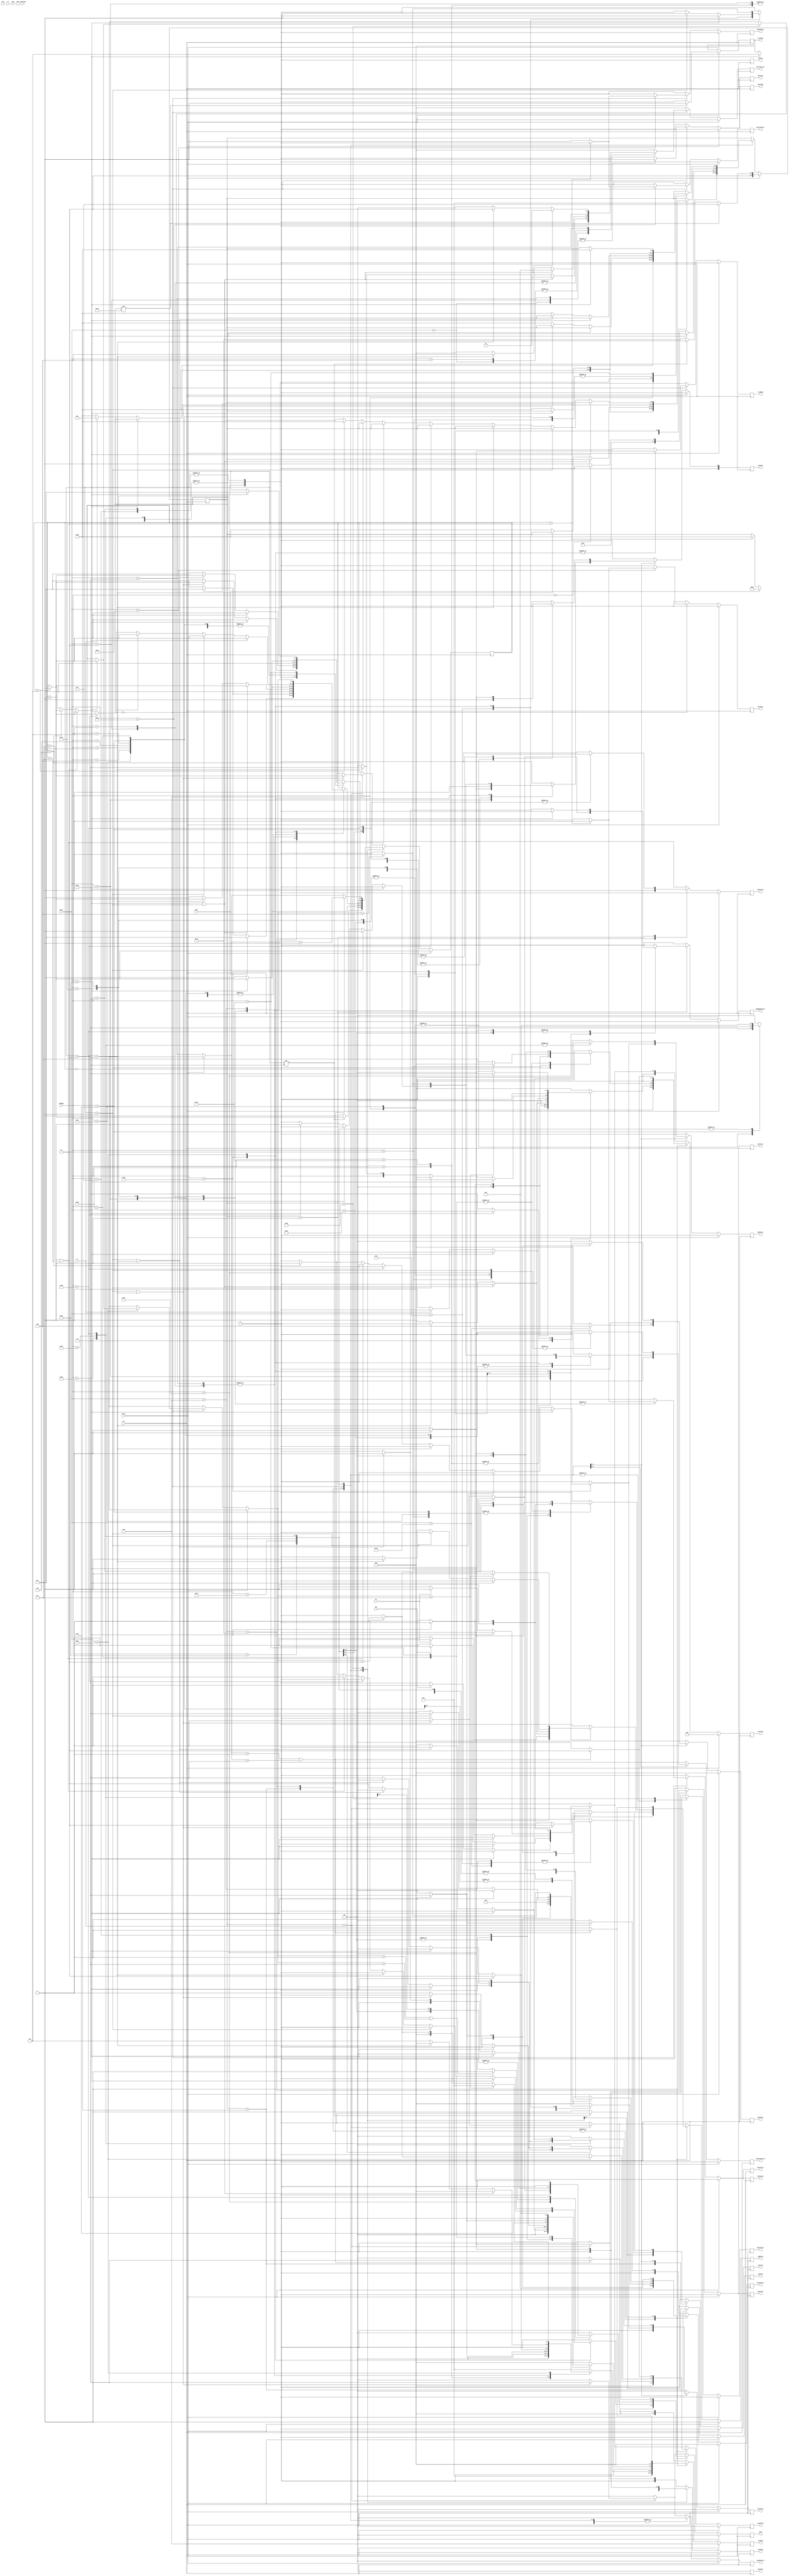
module Control(
    // inputs

        // basic entries 
        input wire clk,
        input wire reset,

        // exceptions
        input wire O,
        input wire notFound,
        input wire div0,

        //instruction
        input wire [5:0] OPCODE,
        input wire [5:0] Funct,

        // other entries
        input wire zero,
        input wire LT, 
        input wire GT,
        input wire EQ,
        input wire neg,

    // outputs
        // mux
        output reg [1:0] excpControl,
        output reg [1:0] iord,
        output reg [1:0] excpCtrl,
        output reg shiftSrc,
        output reg shiftAmt,
        output reg srcRead,
        output reg [2:0] srcWrite,
        output reg [3:0] srcData,
        output reg [1:0] aluSrcA,
        output reg [1:0] aluSrcB,
        output reg [2:0] pcSource,
        output reg MultDiv,
        output reg outAlu,

        // other blocks
        output reg hiControl,
        output reg loControl,
        output reg control,
        output reg multControl,
        output reg divControl,
        output reg seControl,
        output reg memWrite,
        output reg [1:0] ssControl,
        output reg irWrite,
        output reg [1:0] lsControl,
        output reg [2:0] shiftControl,
        output reg regWrite,
        output reg [2:0] aluControl,
        output reg aluOutControl,
        output reg epcControl,
        output reg memRegControl,
        output reg aControl,
        output reg bControl,
        output reg resetOut

);
// states
    
    parameter codeR = 6'b000000;
    parameter codeIorJ = 6'b000001;
    
    parameter RESET_State = 6'b111111;
    parameter fetch = 6'b110000;
    parameter decode = 6'b111000;
    parameter op404 = 6'b111101;
    parameter overflow = 6'b001100;
    parameter ZeroDiv_State = 6'b100101;
// r format

    parameter ADD = 6'b100000;
    parameter AND = 6'b100100;
    parameter DIV = 6'b011010;
    parameter MULT = 6'b011000;
    parameter JR = 6'b001000;
    parameter MFHI = 6'b010000;
    parameter MFLO = 6'b010010;
    parameter SLL = 6'b000000;
    parameter SLLV = 6'b000100;
    parameter SLT = 6'b101010;
    parameter SRA = 6'b000011; 
    parameter SRAV = 6'b000111;
    parameter SRL = 6'b000010;
    parameter SUB = 6'b100010;
    parameter BREAK = 6'b001101;
    parameter RTE = 6'b010011;
    parameter ADDM = 6'b000101;

// j format
    parameter J = 6'b000010;
    parameter JAL = 6'b000011; 

// i format
    parameter ADDI = 6'b001000;
    parameter ADDIU = 6'b001001;
    parameter BEQ = 6'b000100;
    parameter BNE = 6'b000101;
    parameter BLE = 6'b000110;
    parameter BGT = 6'b000111;
    parameter SLLM = 6'b000001;
    parameter LB = 6'b100000;
    parameter LH = 6'b100001;
    parameter LW = 6'b100011;
    parameter SB = 6'b101000;
    parameter SH = 6'b101001;
    parameter SW = 6'b101011;
    parameter SLTI = 6'b001010;
    parameter LUI = 6'b001111;
    parameter PUSH = 6'b101101;
    parameter POP = 6'b101100;

// variables
    reg [5:0] state;
    reg [5:0] counter;



// reset
    initial begin
        resetOut = 1'b1;
        state = fetch;
        counter = 6'b000000;
    end

// main cycle
    always @(posedge clk) begin
        // mux
                excpControl = 2'b00;
                iord = 2'b00;
                excpCtrl = 2'b00;
                shiftSrc = 1'b0;
                shiftAmt = 1'b0;
                srcRead = 1'b0;
                srcWrite = 3'b000;
                srcData = 4'b0000;
                aluSrcA = 2'b00;
                aluSrcB = 2'b00;
                pcSource = 3'b000;
                aControl = 1'b0;
                bControl = 1'b0;
                MultDiv = 1'b0;
                outAlu= 1'b0;

            // other blocks
                hiControl = 1'b0;
                loControl = 1'b0;
                control = 1'b0;
                multControl = 1'b0;
                divControl = 1'b0;
                seControl = 1'b0;
                memWrite = 1'b0;
                ssControl = 2'b00;
                irWrite = 1'b0;
                lsControl = 2'b00;
                shiftControl = 3'b000;
                regWrite = 1'b0;
                aluControl = 3'b000;
                aluOutControl = 1'b0;
                epcControl = 1'b0;
                memRegControl = 1'b0;
                aControl = 1'b0;
                bControl = 1'b0;


        if(reset == 1'b1)begin
                counter = 6'b000000;
                srcWrite = 3'b010;
                srcData = 4'b1000;
                regWrite = 1'b1;
            if(state != RESET_State)begin
                    resetOut = 1'b1;
                    state = RESET_State;
                    
            end 
            else begin
                    resetOut = 1'b0;
                    state = fetch;
            end 
        end   
        else begin
            case(state) 
                //Fetch
                    fetch: begin
                        aluControl = 3'b001;
                        aluSrcB = 2'b01;
                        if(counter != 6'b000010)begin
                            counter = counter + 1;
                        end 
                        else begin
                            control = 1'b1;
                            irWrite = 1'b1;
                            counter = 6'b000000;
                            state = decode;
                        end
                    end

                //Decode
                    decode: begin
                        
                        if(counter == 6'b000000)begin
                            counter = counter + 1;
                        end
                        else begin
                            if(OPCODE == codeR)begin
                                state = codeR;
                            end
                            else begin
                                state = codeIorJ;
                            end
                            counter = 6'b000000;
                        end
                        aControl = 1'b1;
                        bControl = 1'b1;
                        regWrite = 1'b0;
                        aluControl = 3'b001;
                        srcRead = 1'b0;
                        aluSrcA = 2'b00;
                        aluSrcB = 2'b11;
                        seControl = 1'b1;
                        aluOutControl = 1'b1;
                    end

                //Code R
                    codeR: begin
                        case(Funct)
                            ADD:begin
                                aluSrcA = 2'b01;
                                aluSrcB = 2'b00;
                               if(counter == 6'b000000)begin
                                    aluControl = 3'b001;
                                    aluOutControl = 1'b1;
                                    counter = counter + 1;
                               end 
                               else begin
                                    if(O==1)begin
                                        counter = 6'b000000;
                                        state=overflow;
                                    end 
                                    else begin
                                        srcData = 4'b0000;
                                        regWrite = 1'b1;
                                        srcWrite = 3'b001;
                                        state = fetch; 
                                        counter = 6'b000000;
                                    end
                               end
                            end

                            AND:begin
                                aluSrcA = 2'b01;
                                aluSrcB = 2'b00;
                               if(counter == 6'b000000)begin
                                    aluControl = 3'b011;
                                    aluOutControl = 1'b1;
                                    counter = counter + 1;
                               end 
                               else begin
                                    if(O==1)begin
                                        counter = 6'b000000;
                                        state=overflow;
                                    end 
                                    else begin
                                        srcData = 4'b0000;
                                        regWrite = 1'b1;
                                        srcWrite = 3'b001;
                                        state = fetch; 
                                        counter = 6'b000000;
                                    end
                               end
                            end

                            //Div
                            DIV: begin
                                
                                if (counter == 6'b100010) begin
                                    state = fetch;
                                    counter = 6'b000000;
                                    hiControl = 1'b1;
                                    loControl = 1'b1;
                                    MultDiv = 1'b1;
                                end
                                else begin
                                    divControl = 1'b1;
                                    counter = counter + 1;
                                end

                                if (div0 == 1'b1) begin
                                    state = ZeroDiv_State;
                                    counter = 6'b000000;
                                end
                            end

                            //Mult
                            MULT: begin
                                if (counter == 6'b100010) begin
                                    state = fetch;
                                    counter = 6'b000000;
                                    hiControl = 1'b1;
                                    loControl = 1'b1;
                                    MultDiv = 1'b0;
                                end
                                else begin
                                    multControl = 1'b1;
                                    counter = counter + 1;
                                end
                            end

                            JR: begin
                                aluSrcA = 2'b01;
                                aluControl = 3'b000;
                                pcSource = 3'b000;
                                control = 1'b1;

                                state = fetch;
                                counter = 6'b000000;
                            end

                            MFHI: begin
                                if (counter == 6'b000000) begin
                                    srcData = 4'b0010;
                                    regWrite = 1'b1;
                                    srcWrite = 3'b001;
                                    
                                    counter = counter + 1;
                                end
                                else begin
                                    state = fetch;
                                    counter = 6'b000000;
                                end
                                
                            end
                            
                            MFLO: begin
                                if (counter == 6'b000000) begin
                                    srcData = 4'b0011;
                                    regWrite = 1'b1;
                                    srcWrite = 3'b001;
                                    
                                    counter = counter + 1;
                                end

                                
                                else begin
                                    state = fetch;
                                    counter = 6'b000000;
                                end 
                            end

                            SLL:begin
                               shiftSrc = 1'b1;
                               shiftAmt = 1'b1;
                               if(counter == 6'b000000 | counter == 6'b000001)begin
                                    shiftControl = 3'b001;
                                    counter = counter + 1;
                                end
                                else if(counter == 6'b000010) begin
                                    shiftControl = 3'b010;
                                    counter = counter + 1; 
                                end
                                else begin
                                    srcData = 4'b0111;
                                    srcWrite = 3'b001;
                                    regWrite = 1'b1;
                                    state = fetch;
                                    counter = 6'b000000;
                                end
                            end 

                            SLLV:begin
                               shiftSrc = 1'b0;
                               shiftAmt = 1'b0;
                               if(counter == 6'b000000 | counter == 6'b000001)begin
                                    shiftControl = 3'b001;
                                    counter = counter + 1;
                                end
                                else if(counter == 6'b000010) begin
                                    shiftControl = 3'b010;
                                    counter = counter + 1; 
                                end
                                else begin
                                    srcData = 4'b0111;
                                    srcWrite = 3'b001;
                                    regWrite = 1'b1;
                                    state = fetch;
                                    counter = 6'b000000;
                                end
                            end 

                            SLT: begin
                                if(counter == 6'b000000) begin
                                    aluSrcA = 2'b01;
                                    aluSrcB = 2'b00;
                                    aluControl = 3'b111;
                                    aluOutControl = 1'b1;
                                    

                                    counter = counter + 1;
                                end

                                else begin
                                    srcData = 4'b0000;
                                    srcWrite = 3'b001;
                                    regWrite = 1'b1;

                                    state = fetch;
                                    counter = 6'b000000;
                                end
                            end

                            SRA:begin
                               shiftSrc = 1'b1;
                               shiftAmt = 1'b1;
                               if(counter == 6'b000000 | counter == 6'b000001)begin
                                    shiftControl = 3'b001;
                                    counter = counter + 1;
                                end
                                else if(counter == 6'b000010) begin
                                    shiftControl = 3'b100;
                                    counter = counter + 1; 
                                end
                                else begin
                                    srcData = 4'b0111;
                                    srcWrite = 3'b001;
                                    regWrite = 1'b1;
                                    state = fetch;
                                    counter = 6'b000000;
                                end
                            end 

                            SRAV:begin
                               shiftSrc = 1'b0;
                               shiftAmt = 1'b0;
                               if(counter == 6'b000000 | counter == 6'b000001)begin
                                    shiftControl = 3'b001;
                                    counter = counter + 1;
                                end
                                else if(counter == 6'b000010) begin
                                    shiftControl = 3'b100;
                                    counter = counter + 1; 
                                end
                                else begin
                                    srcData = 4'b0111;
                                    srcWrite = 3'b001;
                                    regWrite = 1'b1;
                                    state = fetch;
                                    counter = 6'b000000;
                                end
                            end

                            SRL:begin
                               shiftSrc = 1'b1;
                               shiftAmt = 1'b1;
                               if(counter == 6'b000000 | counter == 6'b000001)begin
                                    shiftControl = 3'b001;
                                    counter = counter + 1;
                                end
                                else if(counter == 6'b000010) begin
                                    shiftControl = 3'b011;
                                    counter = counter + 1; 
                                end
                                else begin
                                    srcData = 4'b0111;
                                    srcWrite = 3'b001;
                                    regWrite = 1'b1;
                                    state = fetch;
                                    counter = 6'b000000;
                                end
                            end 

                            SUB:begin
                                aluSrcA = 2'b01;
                                aluSrcB = 2'b00;
                               if(counter == 6'b000000)begin
                                    aluControl = 3'b010;
                                    aluOutControl = 1'b1;
                                    counter = counter + 1;
                               end 
                               else begin
                                    if(O==1)begin
                                        counter = 6'b000000;
                                        state=overflow;
                                    end 
                                    else begin
                                        srcData = 4'b0000;
                                        regWrite = 1'b1;
                                        srcWrite = 3'b001;
                                        state = fetch; 
                                        counter = 6'b000000;
                                    end
                               end
                            end

                            BREAK: begin
                                aluSrcA = 2'b00;
                                aluSrcB = 2'b01;
                                aluControl = 3'b010;

                                pcSource = 3'b000;
                                control = 1'b1;
                            end

                            RTE: begin
                              pcSource =3'b100;
                              control = 1'b1;
                            end

                            //Push
                            PUSH: begin
                                if (counter == 6'b000000) begin
                                    srcRead = 1'b1;
                                    regWrite = 1'b0;
                                    counter = counter + 1;
                                end
                                else if(counter == 6'b000001) begin
                                    aluSrcA = 2'b01;
                                    aluSrcB = 2'b01;
                                    aluControl = 3'b010;
                                    aluOutControl = 1'b1;

                                    counter = counter + 1;
                                end
                                else if(counter == 6'b000010) begin
                                    srcWrite = 3'b010;
                                    srcData = 4'b0000;
                                    regWrite = 1'b1;

                                    counter = counter + 1;
                                end

                                else if(counter == 6'b000011) begin
                                    aluSrcA = 2'b01;
                                    aluControl = 3'b000;
                                    aluOutControl = 1'b1;

                                    counter = counter + 1;
                                end

                                else if(counter == 6'b000100 || counter == 6'b000101) begin
                                    iord = 2'b01;
                                    memWrite = 1'b0;

                                    counter = counter + 1;     
                                end

                                else if(counter == 6'b000110) begin
                                    ssControl = 2'b01;
                                    iord = 2'b01;
                                    memWrite = 1'b1;

                                    counter = counter + 1;
                                end

                                else if(counter == 6'b000111) begin
                                    state = fetch;
                                    counter = 6'b000000;
                                end
                            end

                            //Pop
                            POP: begin
                                if (counter == 6'b000000) begin
                                    srcRead = 1'b1;
                                    regWrite = 1'b0;
                                    counter = counter + 1;
                                end
                                if (counter == 6'b000001 || counter == 6'b000010) begin
                                  iord = 2'b01;
                                end
                                if (counter == 6'b000011)begin
                                    lsControl = 2'b01;
                                    srcData = 4'b0001;
                                    regWrite = 1'b1;
                                end
                                if (counter == 6'b000100) begin
                                    aluSrcA = 2'b01;
                                    aluSrcB = 2'b01;
                                    aluControl = 3'b001;
                                    aluOutControl = 1'b1;
                                end
                                if(counter == 6'b000101)
                                begin
                                    srcData = 4'b0000;
                                    srcWrite = 3'b010;
                                    regWrite = 1'b1;
                                end

                                
                            end


                        endcase                           
                    end
                //Code I or J
                    codeIorJ: begin
                        case(OPCODE)
                            // rt <- rs + immediate
                            ADDI: begin    
                                aluSrcA = 2'b01;
                                aluSrcB = 2'b10;
                                if (counter == 6'b000000)begin
                                    aluOutControl = 1'b1;
                                    aluControl = 3'b001;
                                    counter = counter + 1;
                                end
                                else begin
                                    if(O==1)begin
                                        counter = 6'b000000;
                                        state=overflow;
                                    end
                                    else begin
                                        srcData = 4'b0000;
                                        srcWrite = 3'b000;
                                        regWrite = 1'b1;
                                        state = fetch; 
                                        counter = 6'b000000;
                                    end
                                end
                            end

                            ADDIU: begin    
                                aluSrcA = 2'b01;
                                aluSrcB = 2'b10;
                                if (counter == 6'b000000)begin
                                    aluOutControl = 1'b1;
                                    aluControl = 3'b001;
                                    counter = counter + 1;
                                end
                                else begin
                                    srcData = 4'b0000;
                                    srcWrite = 3'b000;
                                    regWrite = 1'b1;
                                    state = fetch; 
                                    counter = 6'b000000;
                                end
                            end

                            BEQ: begin
                                if(counter == 6'b000000)begin
                                    aluControl = 3'b111;
                                    aluSrcA = 2'b01;
                                    aluSrcB = 2'b00;
                                    counter = counter + 1;
                                end

                                else if(EQ == 1'b1) begin
                                    pcSource = 3'b000;
                                    control = 1'b1;
                                    state = fetch;
                                    counter = 6'b000000;
                                end

                                else begin
                                    state = fetch;
                                    counter = 6'b000000;
                                end
                                
                            end

                            BNE: begin
                                if (counter == 6'b000000) begin
                                    aluControl = 3'b111;
                                    aluSrcA = 2'b01;
                                    aluSrcB = 2'b00;
                                    counter = counter + 1;
                                end

                                else if(EQ == 1'b0) begin
                                    pcSource = 3'b000;
                                    control = 1'b1;
                                    state = fetch;
                                    counter = 6'b000000;
                                end
                                else begin
                                    state = fetch;
                                    counter = 6'b000000;
                                end
                                
                            end

                            BLE: begin
                                if (counter == 6'b000000) begin
                                    aluControl = 3'b111;
                                    aluSrcA = 2'b01;
                                    aluSrcB = 2'b00;
                                    counter = counter + 1;
                                end
                                else if(GT == 1'b0) begin
                                    pcSource = 3'b000;
                                    control = 1'b1;
                                    state = fetch;
                                    counter = 6'b000000;
                                end

                                else begin
                                    state = fetch;
                                    counter = 6'b000000;
                                end
                                
                            end

                            BGT: begin
                                if (counter == 6'b000000) begin
                                    aluControl = 3'b111;
                                    aluSrcA = 2'b01;
                                    aluSrcB = 2'b00;
                                    counter = counter + 1;
                                end

                                else if(GT == 1'b1) begin
                                    pcSource = 3'b000;
                                    control = 1'b1;
                                    state = fetch;
                                    counter = 6'b000000;
                                end

                                else begin
                                    state = fetch;
                                    counter = 6'b000000;
                                end
                                
                            end

                            LB: begin
                                if(counter == 6'b000000)begin
                                    aluSrcA = 2'b01;
                                    aluSrcB = 2'b11;
                                    aluControl = 3'b001;
                                    seControl = 1'b1;

                                    counter = counter + 1;
                                end 

                                else if(counter == 6'b000001 | counter == 6'b000010) begin
                                    iord = 2'b01;
                                    memRegControl = 1'b1;
                                    counter = counter + 1; 
                                end
                                
                                else begin
                                    lsControl = 2'b11;
                                    srcData = 4'b0001;
                                    srcWrite = 3'b000;
                                    regWrite = 1'b1;
                                    

                                    state = fetch;
                                    counter = 6'b000000;
                                end

                            end

                            LH: begin
                                if(counter == 6'b000000)begin
                                    aluSrcA = 2'b01;
                                    aluSrcB = 2'b11;
                                    aluControl = 3'b001;
                                    seControl = 1'b1;

                                    counter = counter + 1;
                                end 

                                else if(counter == 6'b000001 | counter == 6'b000010) begin
                                    iord = 2'b01;
                                    memRegControl = 1'b1;
                                    counter = counter + 1; 
                                end
                                
                                else begin
                                    lsControl = 2'b10;
                                    srcData = 4'b0001;
                                    srcWrite = 3'b000;
                                    regWrite = 1'b1;
                                    

                                    state = fetch;
                                    counter = 6'b000000;
                                end

                            end

                            LW: begin
                                if(counter == 6'b000000)begin
                                    aluSrcA = 2'b01;
                                    aluSrcB = 2'b11;
                                    aluControl = 3'b001;
                                    seControl = 1'b1;
                                    aluOutControl = 1'b1;
                                    counter = counter + 1;
                                end 

                                else if(counter == 6'b000001 || counter == 6'b000010) begin
                                    iord = 2'b01;
                                    memRegControl = 1'b1;
                                    counter = counter + 1; 
                                end
                                
                                else begin
                                    lsControl = 2'b01;
                                    srcData = 4'b0001;
                                    srcWrite = 3'b000;
                                    regWrite = 1'b1;
                                    state = fetch;
                                    counter = 6'b000000;
                                end

                            end

                            LUI: begin
                                srcData = 4'b0101;
                                srcWrite = 3'b000;
                                regWrite = 1'b1;

                                state = fetch; 
                                counter = 6'b000000;
                            end 

                            SB: begin

                                if(counter == 6'b000000)begin
                                    aluSrcA = 2'b01;
                                    aluSrcB = 2'b11;
                                    aluControl = 3'b001;
                                    seControl = 1'b1;

                                    counter = counter + 1;
                                end 

                                else if(counter == 6'b000001 | counter == 6'b000010) begin
                                    iord = 2'b01;

                                    counter = counter + 1; 
                                end
                                
                                else begin
                                    ssControl = 2'b11;
                                    memWrite = 1'b1;

                                    state = fetch;
                                    counter = 6'b000000;
                                end
                            end

                            SH: begin

                                if(counter == 6'b000000)begin
                                    aluSrcA = 2'b01;
                                    aluSrcB = 2'b11;
                                    aluControl = 3'b001;
                                    seControl = 1'b1;

                                    counter = counter + 1;
                                end 

                                else if(counter == 6'b000001 | counter == 6'b000010) begin
                                    iord = 2'b01;

                                    counter = counter + 1; 
                                end
                                
                                else begin
                                    ssControl = 2'b10;
                                    memWrite = 1'b1;

                                    state = fetch;
                                    counter = 6'b000000;
                                end
                            end

                            SLTI: begin
                                if(counter == 6'b000000) begin
                                    aluSrcA = 2'b01;
                                    aluSrcB = 2'b10;
                                    aluControl = 3'b111;
                                    aluOutControl = 1'b1;
                                    seControl = 1'b1;

                                    counter = counter + 1;
                                end

                                else begin
                                    srcData = 3'b000;
                                    srcWrite = 3'b001;
                                    regWrite = 1'b1;

                                    state = fetch;
                                    counter = 6'b000000;
                                end
                            end

                            SW: begin
                                if(counter == 6'b000000)begin
                                    aluSrcA = 2'b01;
                                    aluSrcB = 2'b11;
                                    aluControl = 3'b001;
                                    seControl = 1'b1;

                                    counter = counter + 1;
                                end 

                                else if(counter == 6'b000001 | counter == 6'b000010) begin
                                    iord = 2'b01;
                                    memRegControl = 1'b1;

                                    counter = counter + 1; 
                                end
                                
                                else begin
                                    iord = 2'b01;
                                    ssControl = 2'b01;
                                    memWrite = 1'b1;
                                    state = fetch;
                                    counter = 6'b000000;
                                end

                            end

                            J: begin
                                control = 1'b1;
                                pcSource = 3'b010;

                                state = fetch;
                                counter = 6'b000000;
                            end

                            JAL: begin
                                if(counter == 6'b000000) begin
                                    aluSrcA = 2'b00;
                                    aluControl = 3'b000;
                                    aluOutControl = 1'b1;

                                    counter = counter + 1;
                                end
                                else begin
                                    control = 1'b1;
                                    pcSource = 2'b10;
                                    srcData = 4'b0000;
                                    srcWrite = 3'b101;
                                    regWrite = 1'b1;
                                    state = fetch;
                                    counter = 6'b000000;
                                end
                                
                            end

                            MFHI: begin
                                if (counter == 6'b000000) begin
                                    srcData = 4'b0010;
                                    regWrite = 1'b1;
                                    srcWrite = 3'b001;
                                    
                                    counter = counter + 1;
                                end

                                
                                else begin
                                    state = fetch;
                                    counter = 6'b000000;
                                end
                                
                            end

                            MFLO: begin
                                if (counter == 6'b000000) begin
                                    srcData = 4'b0011;
                                    srcWrite = 3'b001;
                                    regWrite = 1'b1;

                                    state = fetch;
                                    counter = 6'b000000;
                                end 
                            end

                            

                        endcase
                    end
                //404
                    op404:begin
                        if( counter == 6'b000000)
                        begin
                            aluSrcA = 2'b00;
                            aluSrcB = 2'b01;
                            aluControl = 3'b010;
                            epcControl = 1'b1;  
                            counter = counter + 1;                       
                        end
                        if (counter == 6'b000001 || counter == 6'b000010 ) begin
                            excpControl = 2'b00;
                            iord = 2'b10;
                            lsControl = 2'b11;
                            srcData = 3'b001;
                            srcWrite = 3'b011;
                            regWrite = 1'b1;
                            counter = counter + 1;
                        end
                    end
                    O: begin
                        if (counter == 6'b000000) begin
                            aluSrcB = 2'b01;
                            aluControl = 3'b010;
                            epcControl = 1'b1;
                        end
                        if (counter == 6'b000001 || counter == 6'b000010 ) begin
                            excpControl = 2'b10;
                            iord = 2'b10;
                            lsControl = 2'b11;
                            srcData = 3'b001;
                            srcWrite = 3'b011;
                            regWrite = 1'b1;
                            
                            counter = counter + 1;
                        end
                        
                    end

            endcase
        end
    end

endmodule